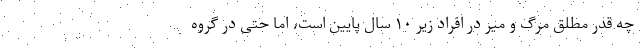
چه قدر مطلق مرگ و میر در افراد زیر ۱۰ سال پایین است، اما حتی در گروه